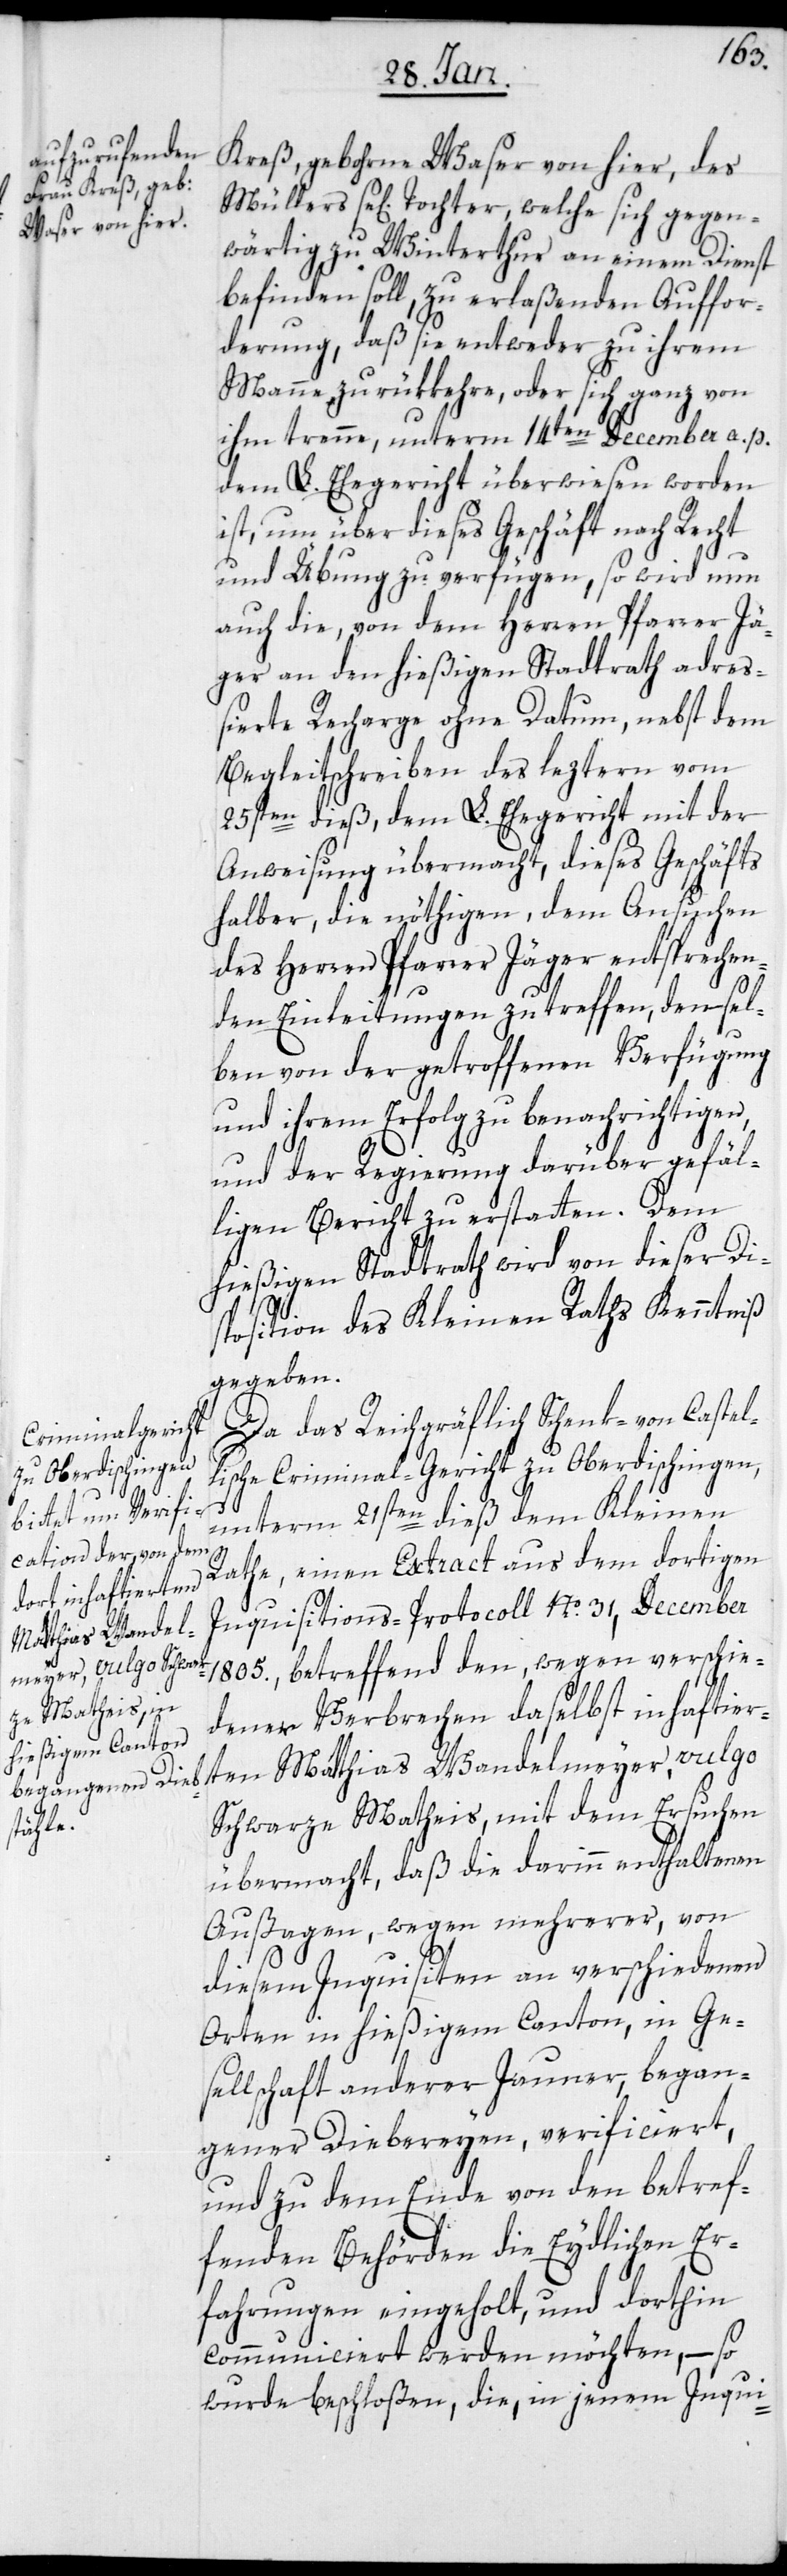
Kreß, gebohrne Waser von hier, des
wärtig zu Winterthur an einem Dienst
befinden soll, zu erlaßenden Auffor¬
derung, daß sie entweder zu ihrem
Manne zurükkehre oder sich ganz von
ihm trenne, unterm 14ten December a. p.
dem L. Ehegericht überwiesen worden
ist, um über dieses Geschäft nach Recht
und Übung zu verfügen, so wird nun
auch die, von dem Herren Pfarrer Jä¬
ger an den hießigen Stadtrath adre¬
ßierte Recharge ohne Datum, nebst dem
Begleitschreiben des leztern vom
25sten dieß, dem L. Ehegericht mit der
Anweisung übermacht, dieses Geschäfts
halber, die nöthigen, dem Ansuchen
des Herren Pfarrer Jäger entsprechen¬
den Einleitungen zu treffen, densel¬
ben von der getroffenen Verfügung
und ihrem Erfolg zu benachrichtigen,
und der Regierung darüber gefäl¬
ligen Bericht zu erstatten. Dem
hießigen Stadtrath wird von dieser Di¬
sposition des Kleinen Raths Kenntniß
gegeben.
Da das Reichgräflich Schenk- von Castel¬
lische Criminal-Gericht zu Oberdischingen,
ten
unterm 21sten dieß dem Kleinen
Rathe, eine Extract aus dem dortigen
sich gegen¬
Inquisitions-Protocoll No. 31, December
Matthias Wandel¬
1805., betreffend den, wegen verschie¬
meyer, vulgo
dener Verbrechen daselbst inhaftier¬
Schwarze Matheis, mit dem Ersuchen
Tochter,
übermacht, daß die darinn enthaltenen
Außagen, wegen mehrerer, von
diesem Inquisiten an verschiedenen
Orten in hießigem Canton, in Ge¬
sellschaft anderer Jauner, began¬
gener Diebereyen, verificiert,
und zu dem Ende von den betref¬
fenden Behörden die Eydlichen Er¬
fahrungen eingeholt, und dorthin
communiciert werden möchten, – so
wurde beschloßen, die, in jenem Inqui-